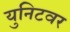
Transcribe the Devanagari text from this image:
युनिटवर